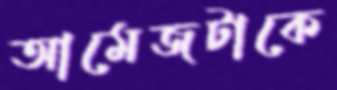
আমেজটাকে